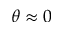
\theta \approx 0